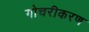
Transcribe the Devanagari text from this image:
गोचरीकरण